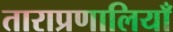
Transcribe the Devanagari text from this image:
ताराप्रणालियाँ